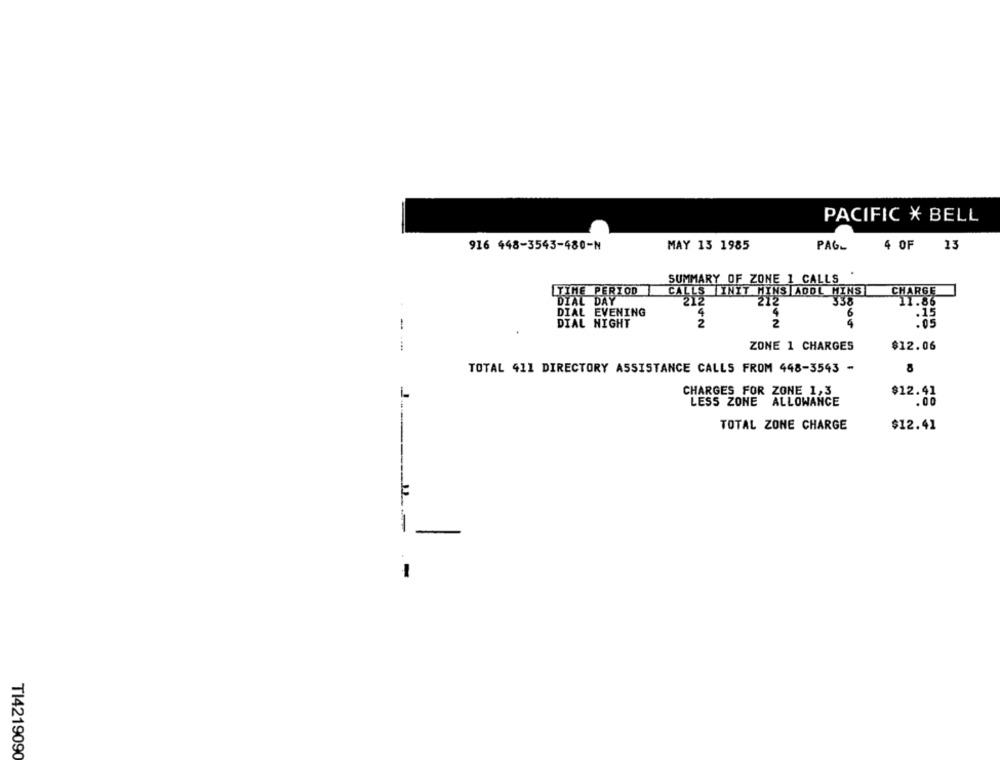
PACIFIC X BELL
916 448-3543-480-N
MAY 13 1985
PAG_
4 OF 13
SUMMARY OF ZONE 1 CALLS
CALLS INIT MINS ADDL MINS
TIME PERIOD
CHARGE
DIAL DAY
212
212
338
11.86
DIAL EVENING
4
6
DIAL NIGHT
2
2
4
ZONE 1 CHARGES
$12.06
TOTAL 411 DIRECTORY ASSISTANCE CALLS FROM 448-3543 -
1
CHARGES FOR ZONE 1,3
$12.41
LESS ZONE
ALLOWANCE
.00
TOTAL ZONE CHARGE
$12.41
T14219090